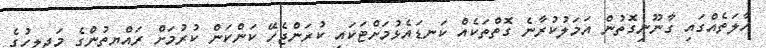
ހާލަތެއްގައި ގާނޫނީގޮތުން އަމަލުކުރާނެ ގޮތްތަކެއް ކަނޑައެޅުމަށްޓަކައި ކުރަންޖެހޭ ކަންކަން ކުރުމަށް ރައްޔިތުންގެ މަޖިލީހުގެ